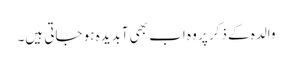
والدہ کے ذکر پر وہ اب بھی آبدیدہ ہو جاتی ہیں۔